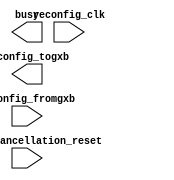
// megafunction wizard: %ALTGX_RECONFIG%VBB%
// GENERATION: STANDARD
// VERSION: WM1.0
// MODULE: alt2gxb_reconfig 

// ============================================================
// Megafunction Name(s):
// 			alt2gxb_reconfig
//
// Simulation Library Files(s):
// 			altera_mf;lpm
// ============================================================
// ************************************************************
// THIS IS A WIZARD-GENERATED FILE. DO NOT EDIT THIS FILE!
//
// 9.1 Build 222 10/21/2009 SJ Full Version
// ************************************************************

//Copyright (C) 1991-2009 Altera Corporation
//Your use of Altera Corporation's design tools, logic functions 
//and other software and tools, and its AMPP partner logic 
//functions, and any output files from any of the foregoing 
//(including device programming or simulation files), and any 
//associated documentation or information are expressly subject 
//to the terms and conditions of the Altera Program License 
//Subscription Agreement, Altera MegaCore Function License 
//Agreement, or other applicable license agreement, including, 
//without limitation, that your use is for the sole purpose of 
//programming logic devices manufactured by Altera and sold by 
//Altera or its authorized distributors.  Please refer to the 
//applicable agreement for further details.

module altgx_reconfig (
	offset_cancellation_reset,
	reconfig_clk,
	reconfig_fromgxb,
	busy,
	reconfig_togxb)/* synthesis synthesis_clearbox = 1 */;

	input	  offset_cancellation_reset;
	input	  reconfig_clk;
	input	[16:0]  reconfig_fromgxb;
	output	  busy;
	output	[3:0]  reconfig_togxb;
`ifndef ALTERA_RESERVED_QIS
// synopsys translate_off
`endif
	tri0	  offset_cancellation_reset;
`ifndef ALTERA_RESERVED_QIS
// synopsys translate_on
`endif

endmodule

// ============================================================
// CNX file retrieval info
// ============================================================
// Retrieval info: PRIVATE: ADCE NUMERIC "0"
// Retrieval info: PRIVATE: CMU_PLL NUMERIC "0"
// Retrieval info: PRIVATE: DATA_RATE NUMERIC "0"
// Retrieval info: PRIVATE: INTENDED_DEVICE_FAMILY STRING "Stratix IV"
// Retrieval info: PRIVATE: PMA NUMERIC "0"
// Retrieval info: PRIVATE: PROTO_SWITCH NUMERIC "0"
// Retrieval info: PRIVATE: SYNTH_WRAPPER_GEN_POSTFIX STRING "0"
// Retrieval info: CONSTANT: CBX_BLACKBOX_LIST STRING "-lpm_mux"
// Retrieval info: CONSTANT: INTENDED_DEVICE_FAMILY STRING "Stratix IV"
// Retrieval info: CONSTANT: NUMBER_OF_CHANNELS NUMERIC "1"
// Retrieval info: CONSTANT: NUMBER_OF_RECONFIG_PORTS NUMERIC "1"
// Retrieval info: CONSTANT: enable_buf_cal STRING "true"
// Retrieval info: CONSTANT: reconfig_fromgxb_width NUMERIC "17"
// Retrieval info: CONSTANT: reconfig_togxb_width NUMERIC "4"
// Retrieval info: USED_PORT: busy 0 0 0 0 OUTPUT NODEFVAL "busy"
// Retrieval info: USED_PORT: reconfig_clk 0 0 0 0 INPUT NODEFVAL "reconfig_clk"
// Retrieval info: USED_PORT: reconfig_fromgxb 0 0 17 0 INPUT NODEFVAL "reconfig_fromgxb[16..0]"
// Retrieval info: USED_PORT: reconfig_togxb 0 0 4 0 OUTPUT NODEFVAL "reconfig_togxb[3..0]"
// Retrieval info: CONNECT: @reconfig_fromgxb 0 0 17 0 reconfig_fromgxb 0 0 17 0
// Retrieval info: CONNECT: @reconfig_clk 0 0 0 0 reconfig_clk 0 0 0 0
// Retrieval info: CONNECT: reconfig_togxb 0 0 4 0 @reconfig_togxb 0 0 4 0
// Retrieval info: CONNECT: busy 0 0 0 0 @busy 0 0 0 0
// Retrieval info: GEN_FILE: TYPE_NORMAL altgx_reconfig.v TRUE
// Retrieval info: GEN_FILE: TYPE_NORMAL altgx_reconfig.inc FALSE
// Retrieval info: GEN_FILE: TYPE_NORMAL altgx_reconfig.cmp FALSE
// Retrieval info: GEN_FILE: TYPE_NORMAL altgx_reconfig.bsf FALSE
// Retrieval info: GEN_FILE: TYPE_NORMAL altgx_reconfig_inst.v TRUE
// Retrieval info: GEN_FILE: TYPE_NORMAL altgx_reconfig_bb.v TRUE
// Retrieval info: LIB_FILE: altera_mf
// Retrieval info: LIB_FILE: lpm